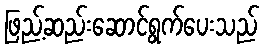
ဖြည့်ဆည်းဆောင်ရွက်ပေးသည်